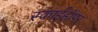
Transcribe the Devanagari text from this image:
स्काईहॉपर